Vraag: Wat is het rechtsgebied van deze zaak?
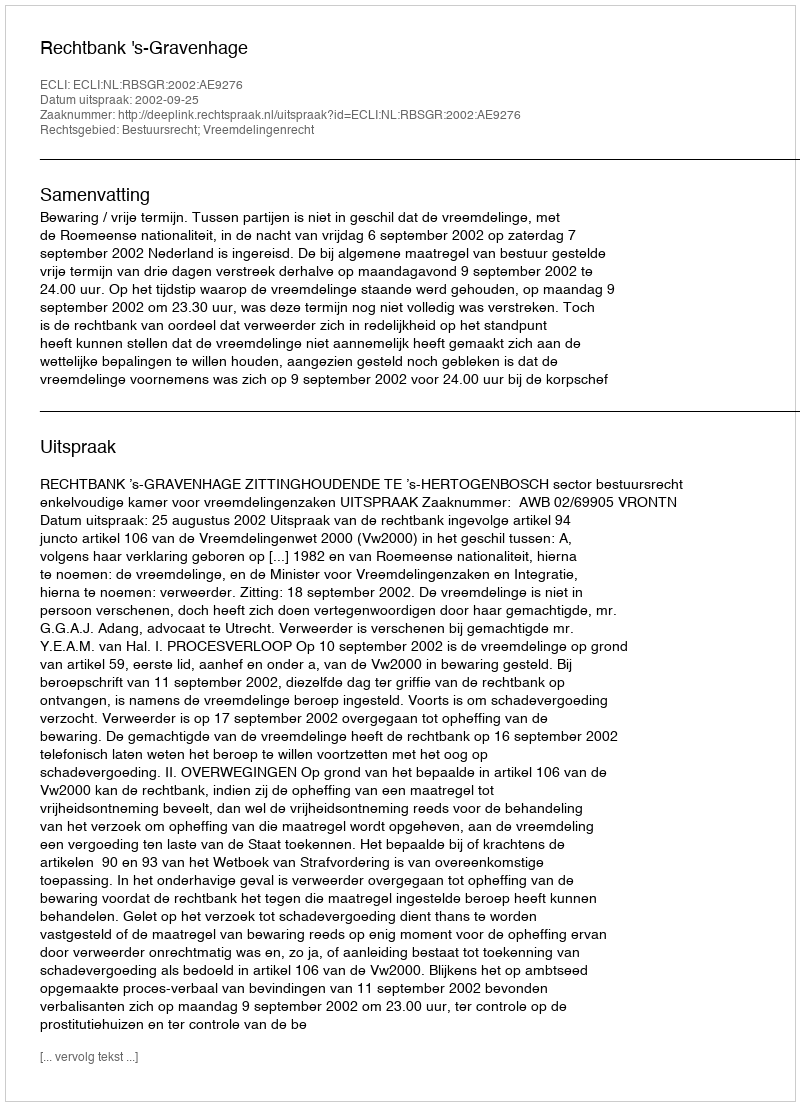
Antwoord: Bestuursrecht; Vreemdelingenrecht